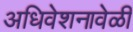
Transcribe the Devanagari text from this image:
अधिवेशनावेळी